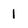
Character: 1